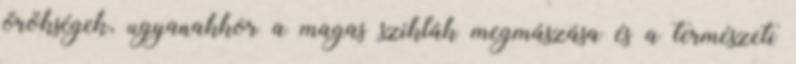
örökségek, ugyanakkor a magas sziklák megmászása és a természeti